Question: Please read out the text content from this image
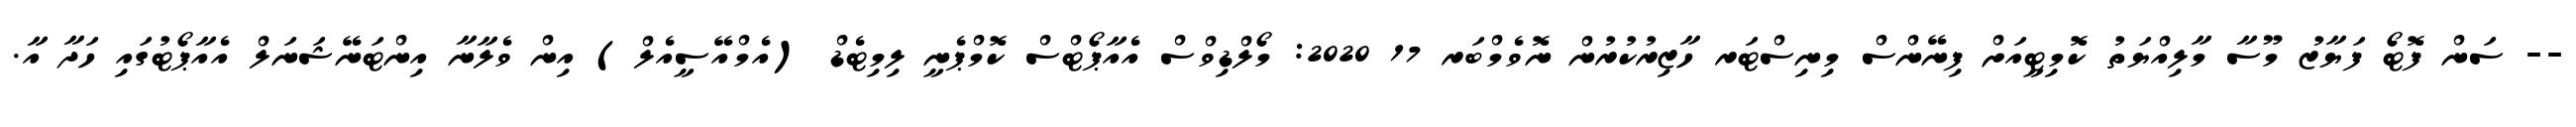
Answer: -- ސަން ފޮޓޯ ފަޔާޒު މޫސާ މާލިއްޔަތު ކޮމިޓީއަށް ފިނޭންސް މިނިސްޓަރ ހާޒިރުކުރުން ނޮވެމްބަރ 17 2020: މޯލްޑިވްސް އެއާޕޯޓްސް ކޮމްޕެނީ ލިމިޓެޑް (އެމްއޭސީއެލް) އިން ވެލާނާ އިންޓަނޭޝަނަލް އެއާޕޯޓުގައި ހަދާ އާ.